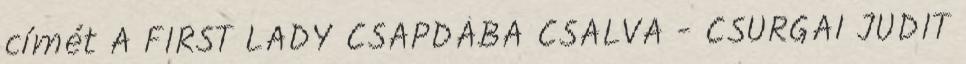
címét A FIRST LADY CSAPDÁBA CSALVA - CSURGAI JUDIT